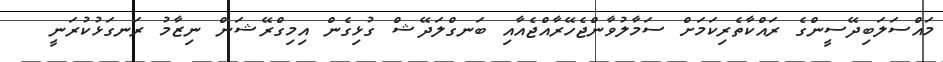
މައްސަލަބިދޭސީންގެ ރައްކާތެރިކަމަށް ސަމާލުވާންޖެހޭރާއްޖެއާއި ބަނގްލަދޭޝް ގުޅިގެން އިމިގްރޭޝަން ނިޒާމު ރަނގަޅުކުރަނީ